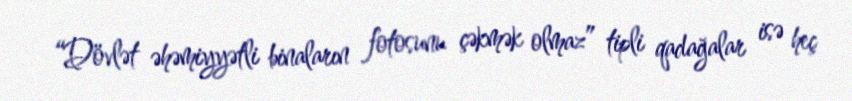
“Dövlət əhəmiyyətli binaların fotosunu çəkmək olmaz” tipli qadağalar isə heç